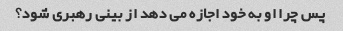
پس چرا او به خود اجازه می دهد از بینی رهبری شود؟